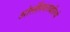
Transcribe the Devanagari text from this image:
ओलंपियनवासियों